Investigations into the jail dietaries of the United Provinces with some observations on the influence of dietary on the physical development and well-being of the people of the United Provinces - Number 48
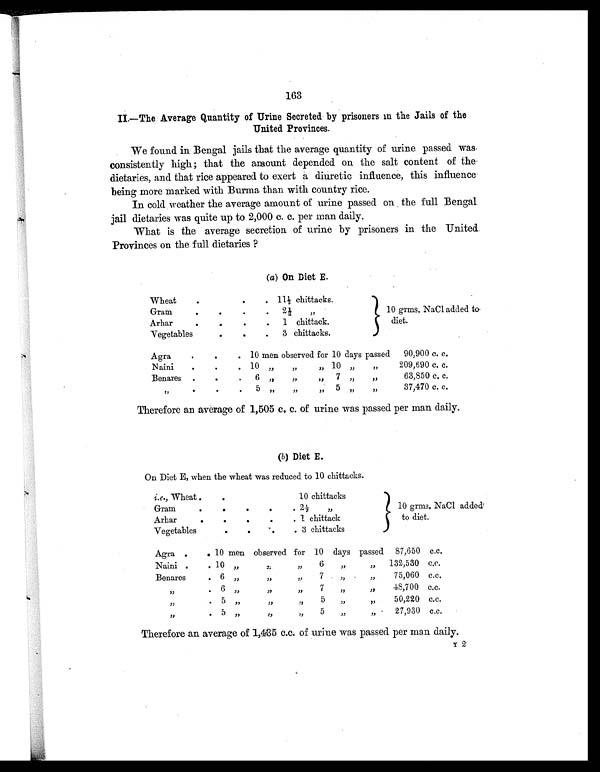
163
II.—The Average Quantity of Urine Secreted by prisoners in the Jails of the
United Provinces.
We found in Bengal jails that the average quantity of urine passed was
consistently high; that the amount depended on the salt content of the
dietaries, and that rice appeared to exert a diuretic influence, this influence
being more marked with Burma than with country rice.
In cold weather the average amount of urine passed on the full Bengal
jail dietaries was quite up to 2,000 c. c. per man daily.
What is the average secretion of urine by prisoners in the United
Provinces on the full dietaries ?
(a) On Diet E.
Wheat
.
.
.
. 11½ chittacks.
10 grms. NaCl added to
diet.
Gram
.
. .
.
2½
, ,
Arhar
.
. .
. 1 chittack.
Vegetables
. .
. 3 chittacks.
Agra.
.
. 10 men observed for 10 days passed 90,900 c. c.
Naini
.
.
. 10 , ,
, , „ 10 , , ,,
209,690 c. c.
Benares .
.
. 6 „
, , ,, 7 , ,
, ,
63,850 c. c.
,,
.
.
. 5 , ,
,,
,, 5 ,,
,,
37,470 c. c.
Therefore an average of 1,505 c. c. of urine was passed per man daily.
(b) Diet E.
On Diet E, when the wheat was reduced to 10 chittacks.
i.e., Wheat
.
.
10 chittacks
10 grms. NaCl added
to diet.
Gram
.
.
.
. . 2½ , ,
Arhar
.
.
.
.
. 1 chittack
Vegetables
.
.
.
. 3 chittacks
Agra .
. 10 men observed for 10 days passed 87,650 c.c.
Naini .
. 10 ,,
, , , ,
6
, ,
, , 132,530 c.c.
Benares
. 6 „
,,
, ,
7 ,,
,,
75,060 c.c.
, ,
. 6 „
, , , , 7
, ,
, ,
48,700 c.c.
, ,
. 5 ,,
, , ,, 5
, ,
,,
50,220 c.c.
, , . 5 „
, , ,, 5 ,,
,,
27,930 c.c.
Therefore an average of 1,4.35 c.c. of urine was passed per man daily.
Y 2.